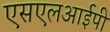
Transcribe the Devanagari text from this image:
एसएलआईपी